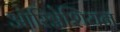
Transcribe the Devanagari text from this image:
ऑरिग्नेशियन